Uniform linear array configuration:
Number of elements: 16
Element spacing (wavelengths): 0.75
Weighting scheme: hamming
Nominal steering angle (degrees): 30
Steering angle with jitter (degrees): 29.959
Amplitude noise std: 0.05
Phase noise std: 0.05

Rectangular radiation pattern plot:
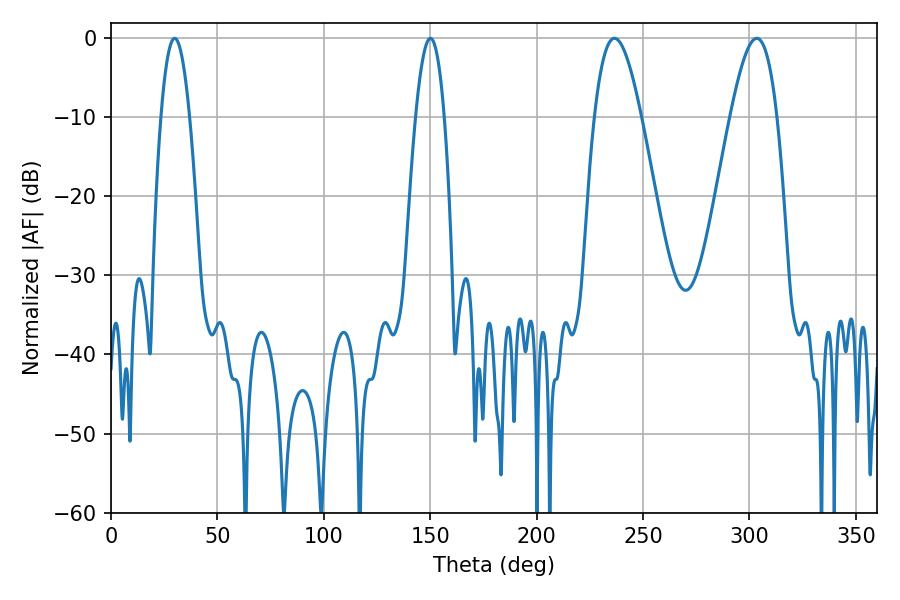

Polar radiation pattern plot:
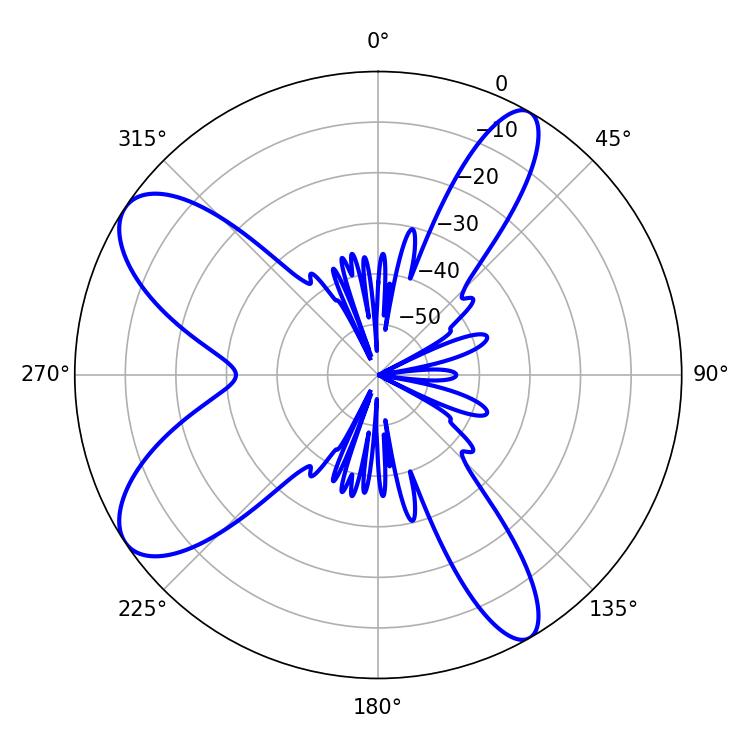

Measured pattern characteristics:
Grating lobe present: TRUE
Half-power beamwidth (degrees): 11.88
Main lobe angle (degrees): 303.48